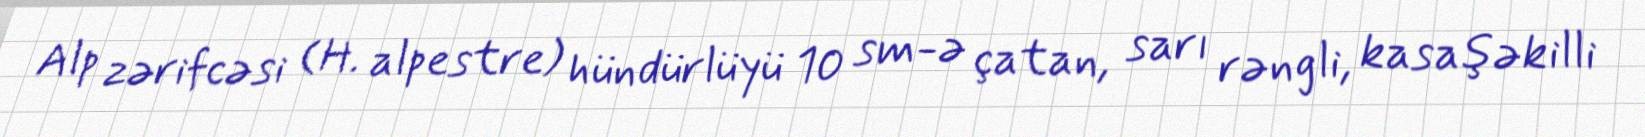
Alp zərifcəsi (H. alpestre) hündürlüyü 10 sm-ə çatan, sarı rəngli, kasaşəkilli